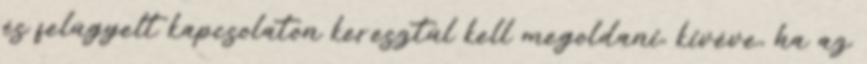
és felügyelt kapcsolaton keresztül kell megoldani, kivéve, ha az